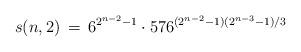
LaTeX: \begin{align*}s(n,2) \,=\, 6^{2^{n-2}-1} \cdot 576^{(2^{n-2}-1)(2^{n-3}-1)/3}\end{align*}